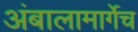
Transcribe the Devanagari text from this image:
अंबालामार्गेच